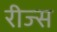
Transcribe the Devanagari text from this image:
रीज्स